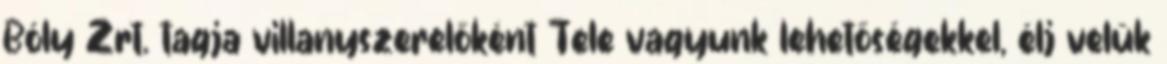
Bóly Zrt. tagja villanyszerelőként Tele vagyunk lehetőségekkel, élj velük